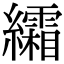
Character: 䌮